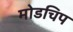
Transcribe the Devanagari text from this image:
मोडचिप